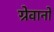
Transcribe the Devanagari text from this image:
ग्रेवानो